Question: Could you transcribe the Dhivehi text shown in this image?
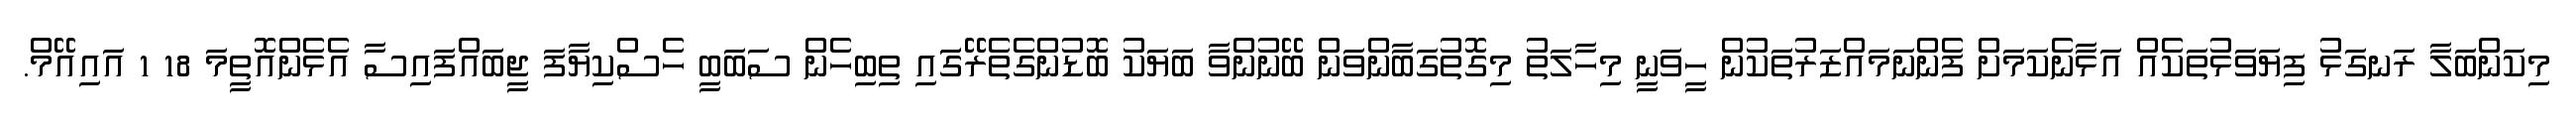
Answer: މިކަންބަލާ ރަނގަޅު ފިޔަވަޅުތަކެއް އަޅާނެކަމަށް ފެންނަމައްޒަރުތަކުން ހީވަނީ މިހާލަތު މިގޮތުގަބާންވަން ބޭނުންވާ ބަޔަކު ބޮޑުންގެތެރޭގަައި ތިބިހެން ސަބަބީ ހެސްކިޔާފަ ޖީބައްފައިސާ އެޅެންއޮތީމަ 18 1 އައިއޭމް.